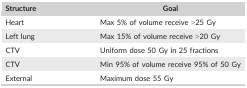
<table><thead><tr><td><b>Structure</b></td><td><b>Goal</b></td></tr></thead><tbody><tr><td>Heart</td><td>Max 5% of volume receive &gt;25 Gy</td></tr><tr><td>Left lung</td><td>Max 15% of volume receive &gt;20 Gy</td></tr><tr><td>CTV</td><td>Uniform dose 50 Gy in 25 fractions</td></tr><tr><td>CTV</td><td>Min 95% of volume receive 95% of 50 Gy</td></tr><tr><td>External</td><td>Maximum dose 55 Gy</td></tr></tbody></table>